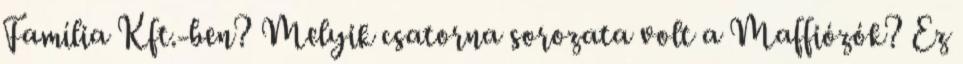
Família Kft.-ben? Melyik csatorna sorozata volt a Maffiózók? Ez